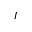
\boldsymbol { I }